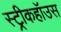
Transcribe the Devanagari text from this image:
स्ट्रीकहॉउस